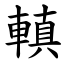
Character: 䡩